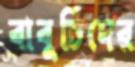
বাবুর্চিদের